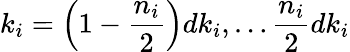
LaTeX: k_{i}=\left(1-\frac{n_{i}}{2}\right)dk_{i},\ldots\frac{n_{i}}{2}dk_{i}